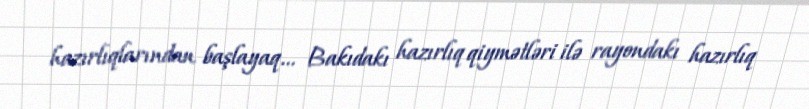
hazırlıqlarından başlayaq... Bakıdakı hazırlıq qiymətləri ilə rayondakı hazırlıq